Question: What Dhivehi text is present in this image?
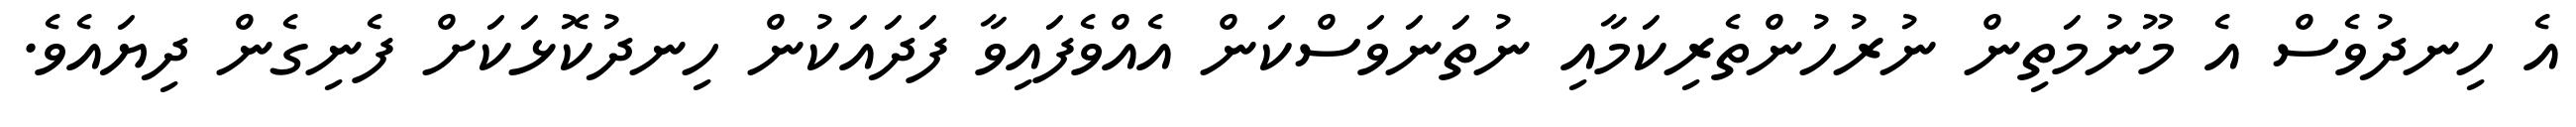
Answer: އެ ހިނދުވެސް އެ މޫނުމަތިން ނުރުހުންތެރިކަމާއި ނުތަނަވަސްކަން އެއްވެފައިވާ ފަދައަކުން ހިނދުކޮޅަކަށް ފެނިގެން ދިޔައެވެ.